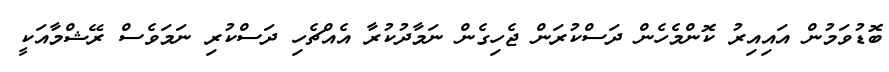
ބޮޑުވަމުން އައިއިރު ކޮންމެހެން ދަސްކުރަން ޖެހިގެން ނަމާދުކުރާ އެއްޗެހި ދަސްކުރި ނަމަވެސް ރޭޝްމާއަކީ